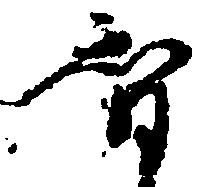
智